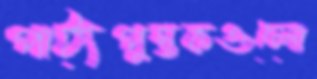
পাঠ্যপুস্তকগুলো